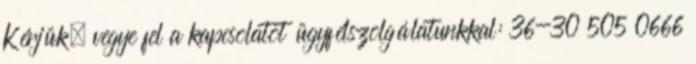
Kérjük, vegye fel a kapcsolatot ügyfélszolgálatunkkal: 36-30 505 0666